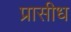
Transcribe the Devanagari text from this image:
प्रासीध